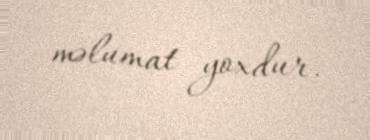
məlumat yoxdur.